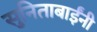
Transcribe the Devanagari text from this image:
सुनिताबाईंनी